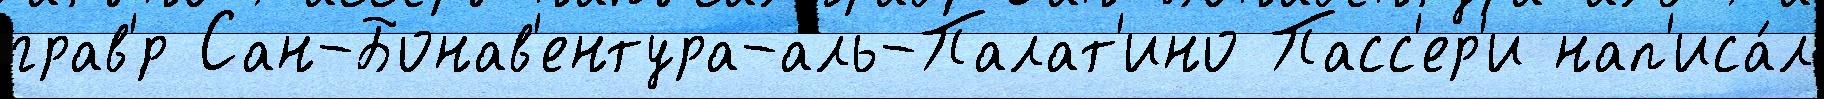
грав'́р Сан-Бонав'ентура-аль-Палат'ино Пасс'ер'и нап'иса́л